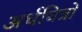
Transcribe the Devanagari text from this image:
अर्धचित्रों